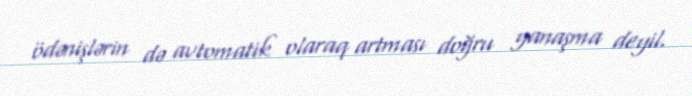
ödənişlərin də avtomatik olaraq artması doğru yanaşma deyil.